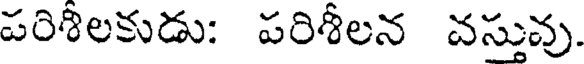
పరిశిలకుడు: పరిశీలన వస్తువు.